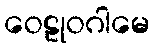
ဝေဠုဝဂါမေ